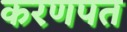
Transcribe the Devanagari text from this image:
करणपत